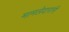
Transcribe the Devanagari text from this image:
मामलेदारांनी